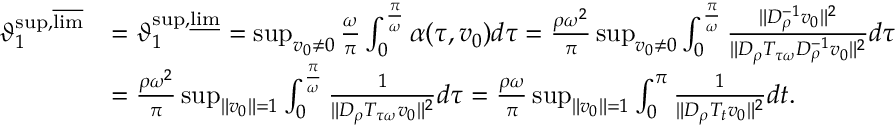
\begin{array} { r l } { \vartheta _ { 1 } ^ { \operatorname* { s u p } , \varlimsup } } & { = \vartheta _ { 1 } ^ { \operatorname* { s u p } , \varliminf } = \operatorname* { s u p } _ { v _ { 0 } \neq 0 } \frac { \omega } { \pi } \int _ { 0 } ^ { \frac { \pi } { \omega } } \alpha ( \tau , v _ { 0 } ) d \tau = \frac { \rho \omega ^ { 2 } } { \pi } \operatorname* { s u p } _ { v _ { 0 } \neq 0 } \int _ { 0 } ^ { \frac { \pi } { \omega } } \frac { \| D _ { \rho } ^ { - 1 } v _ { 0 } \| ^ { 2 } } { \| D _ { \rho } T _ { \tau \omega } D _ { \rho } ^ { - 1 } v _ { 0 } \| ^ { 2 } } d \tau } \\ & { = \frac { \rho \omega ^ { 2 } } { \pi } \operatorname* { s u p } _ { \| v _ { 0 } \| = 1 } \int _ { 0 } ^ { \frac { \pi } { \omega } } \frac { 1 } { \| D _ { \rho } T _ { \tau \omega } v _ { 0 } \| ^ { 2 } } d \tau = \frac { \rho \omega } { \pi } \operatorname* { s u p } _ { \| v _ { 0 } \| = 1 } \int _ { 0 } ^ { \pi } \frac { 1 } { \| D _ { \rho } T _ { t } v _ { 0 } \| ^ { 2 } } d t . } \end{array}